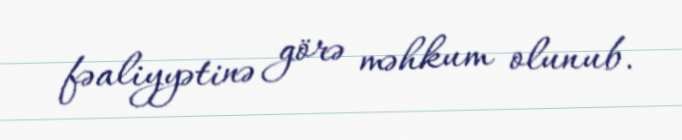
fəaliyyətinə görə məhkum olunub.